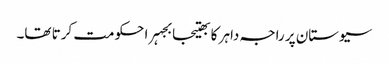
سیوستان پر راجہ داہر کا بھتیجا بجہرا حکومت کرتا تھا۔